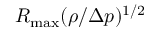
R _ { \mathrm { { m a x } } } ( \rho / \Delta p ) ^ { 1 / 2 }